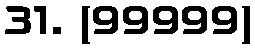
31. (99999)